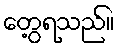
တွေ့ရသည်။